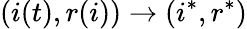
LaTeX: (i(t),r(i))\to(i^{*},r^{*})